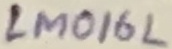
Text: LM016L